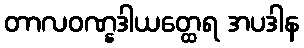
တာလဝဏ္နဒါယတ္ထေရ အပဒါန